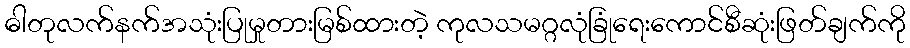
ဓါတုလက်နက်အသုံးပြုမှုတားမြစ်ထားတဲ့ ကုလသမဂ္ဂလုံခြုံရေးကောင်စီဆုံးဖြတ်ချက်ကို